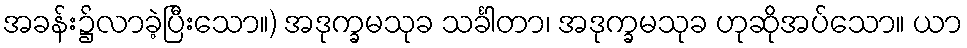
အခန်း၌လာခဲ့ပြီးသော။) အဒုက္ခမသုခ သင်္ခါတာ၊ အဒုက္ခမသုခ ဟုဆိုအပ်သော။ ယာ